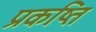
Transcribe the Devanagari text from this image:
प्रकष्ति